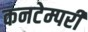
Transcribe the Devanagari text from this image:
कनटेम्परी